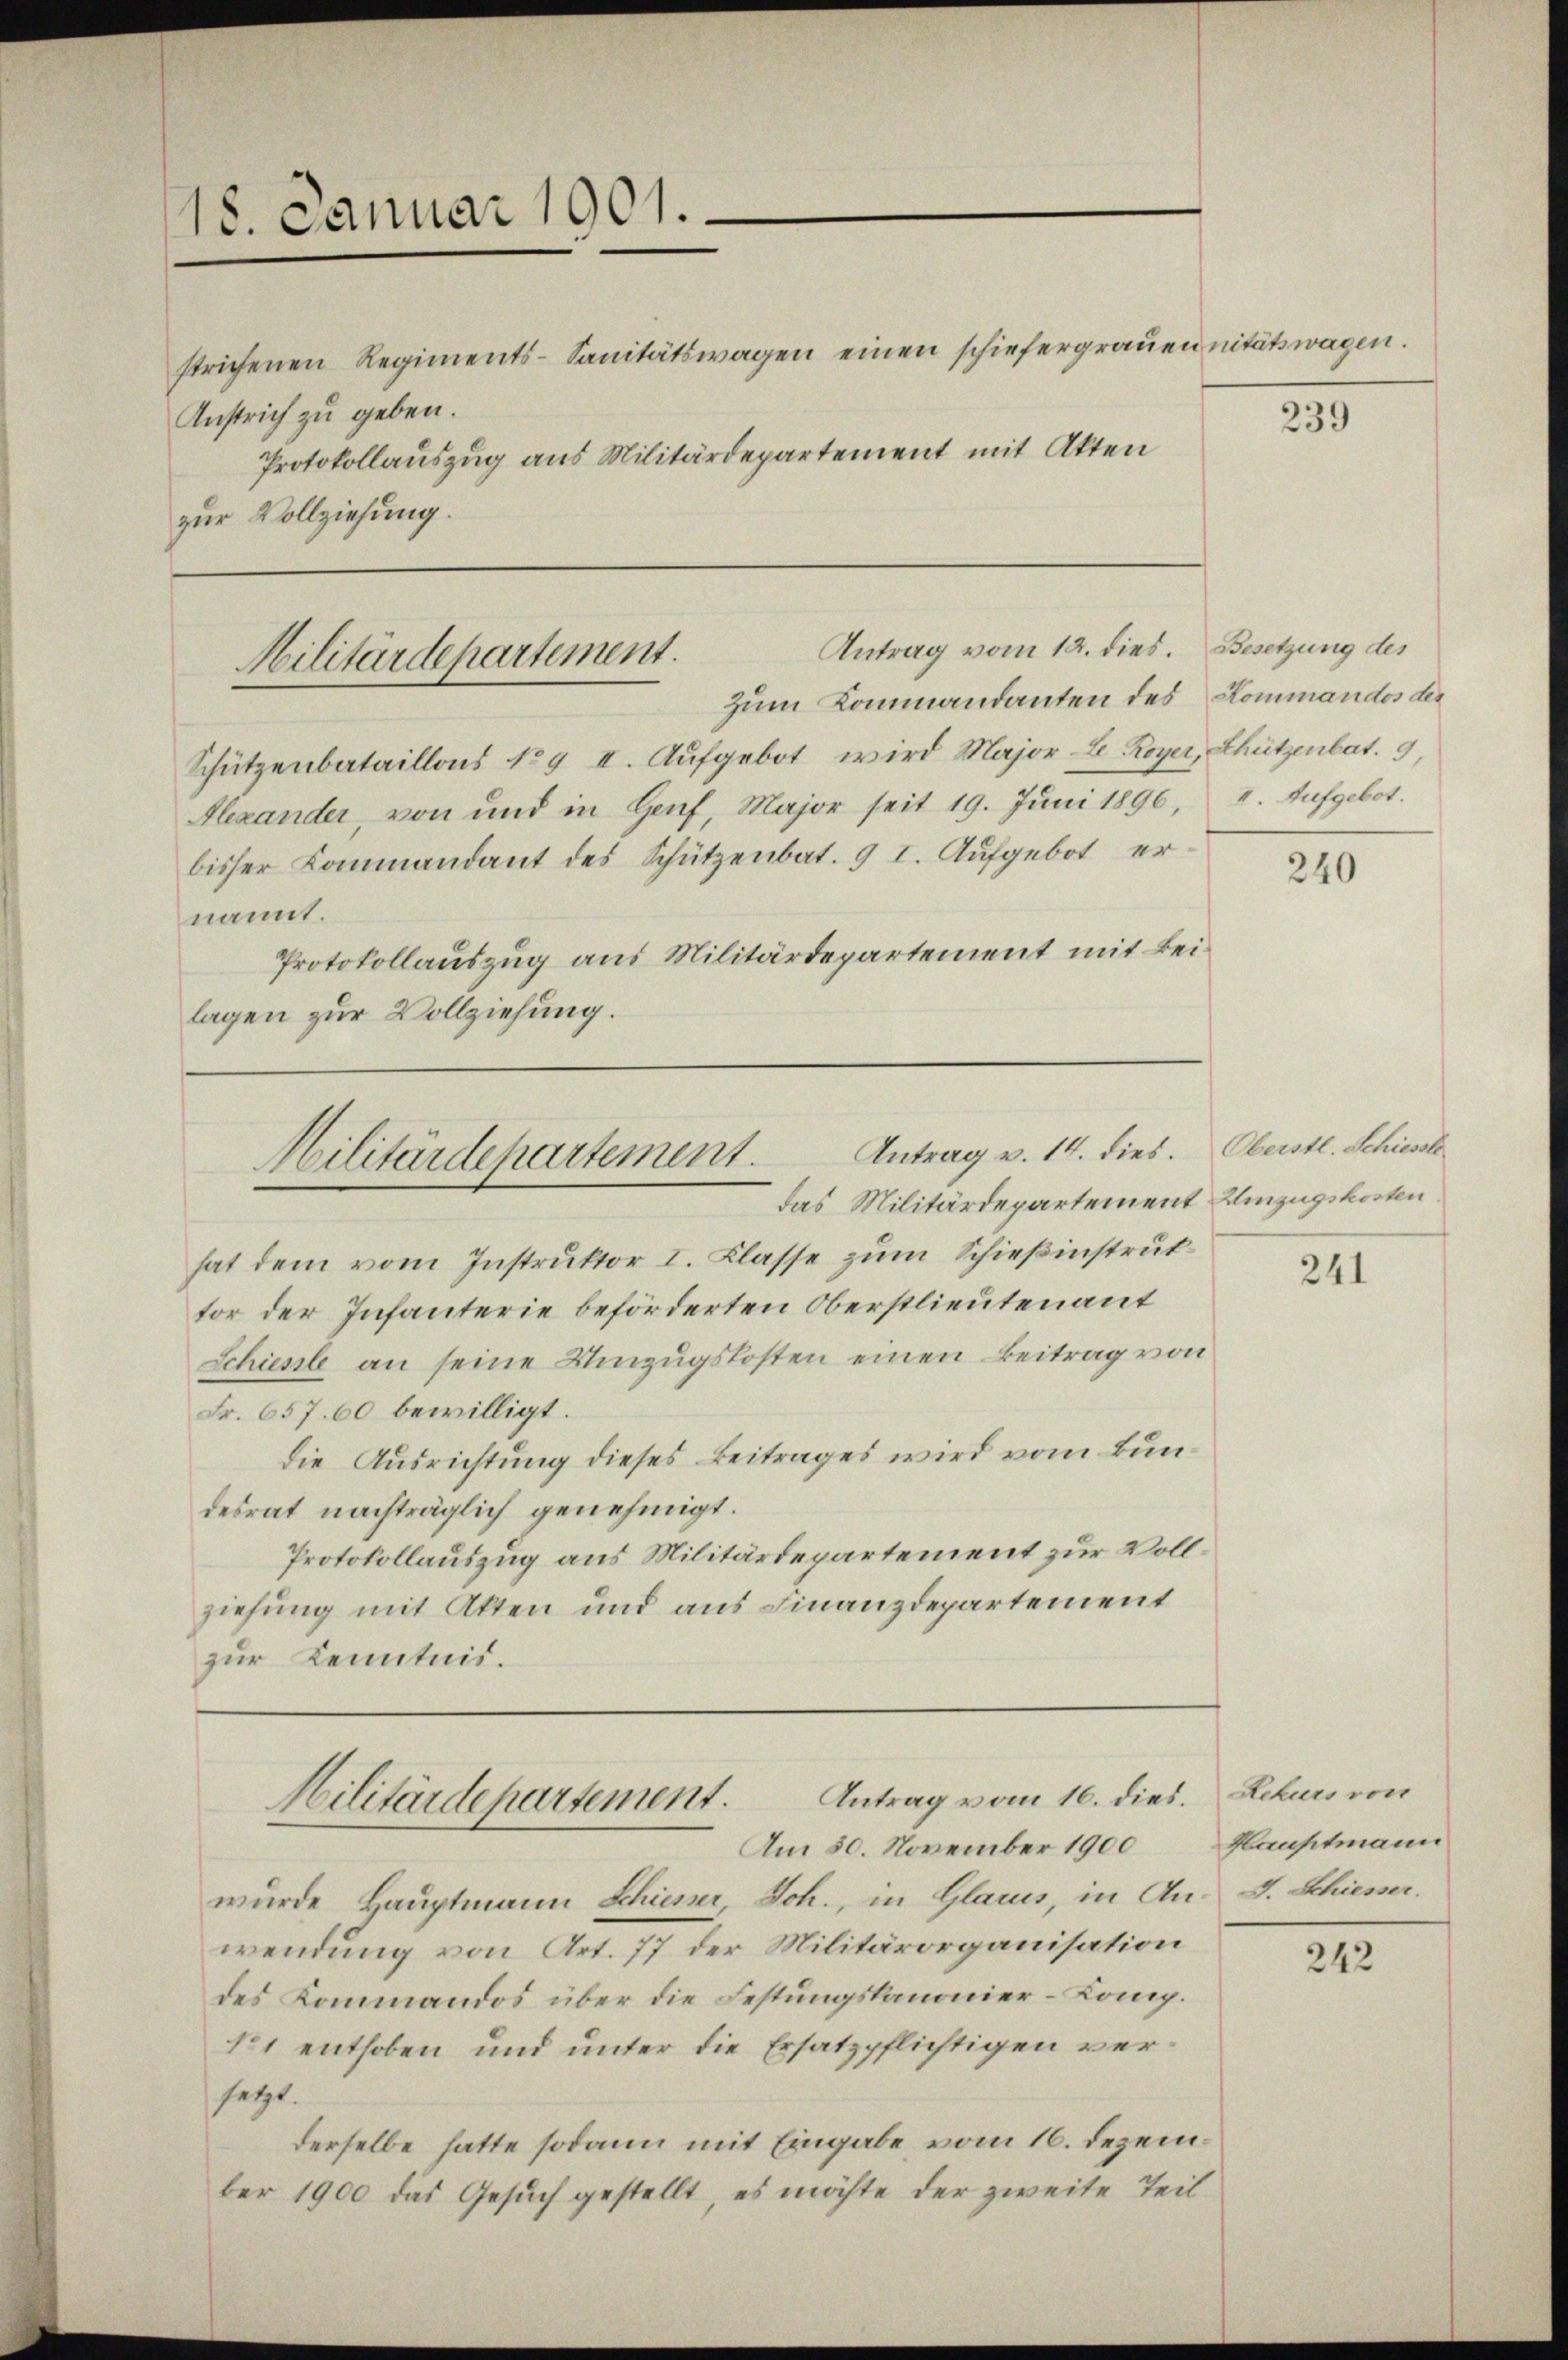
18. Januar 1901.

Anstrich zu geben.
zur Vollziehung.

strichenen Regiments-Sanitätswagen einen schiefergrauen nitätswagen.
Protokollauszug aus Militärdepartement mit Akten

Schützenbataillons No 9 II. Aufgebot wird Major-E. Royer, Schützenbat. 9,
Alexander, von und in Genf, Major seit 19. Jŭni 1896, u. Aufgebot.
bisser Kommandant des Schützenbat. 9 I. Aufgebot ernannt.
Protokollauszug aus Militärdepartement mit Beilagen zur Vollziehung.

Antrag vom 12. dies. Besetzung des
Militärdepartement.
Zum Kommandanten des Kommandos des

Antrag v. 14. dies. Oberstl. Schiessl
Militärdepartement.
das Militärdepartement Einzugskosten

Antrag vom 16. dies. Rekurs von
Militärdepartement.
Am 50. November 1900

hat dem vom Instruktor I. Klasse zum Schießinstruttor der Infanterie beförderten Oberstlieutenant
Schiesste an seine Einzugskosten einen Beitrag von
Fr. 657. 60 bewilligt.
die Ausrichtung dieses Beitrages wird vom Bundesrat nachträglich genehmigt.
Protokollauszug aus Militärdepartement zur Vollziehung mit Akten und aus Finanzdepartement
zur Kenntnis.

wurde Hauptmann Schiener, Sch., in Glarus, in An- J. Schiesser.
wendung von Art. 77 der Militärorganisation
des Kommandos über die Festungskanonier-Comp.
11 enthoben und unter die Ersatzpflichtigen versetzt.
derselbe hatte sodann mit Eingabe vom 16. Dezember 1900 das Gesuch gestellt, es möchte der zweite Teil

239

240

241

Hauptmann

242